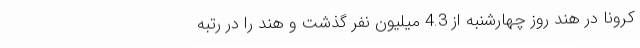
کرونا در هند روز چهارشنبه از 4.3 میلیون نفر گذشت و هند را در رتبه